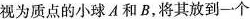
视为质点的小球A和B，将其放到一个